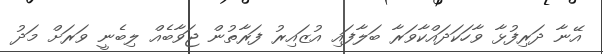
އޭނާ ދަރިފުޅާ ވާހަކަދައްކާވަރާ ބަލާފައި އުޒައިރު ފަރާތުން ޖަވާބެއް ލިބެނީ ވަރަށް މަދު